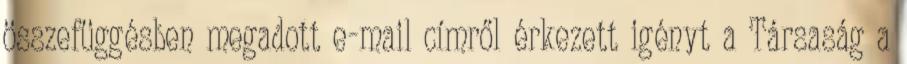
összefüggésben megadott e-mail címről érkezett igényt a Társaság a